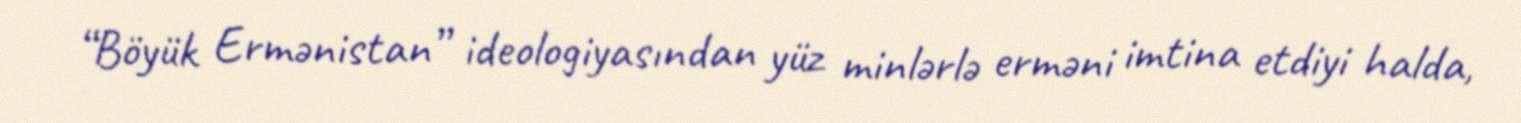
“Böyük Ermənistan” ideologiyasından yüz minlərlə erməni imtina etdiyi halda,